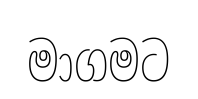
මාගමට